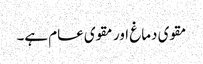
مقوی دماغ اور مقوی عام ہے۔